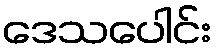
ဒေသပေါင်း